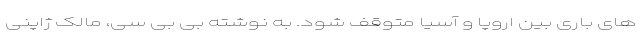
های باری بین اروپا و آسیا متوقف شود. به نوشته بی بی سی، مالک ژاپنی